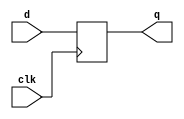
module top_module(
	input clk,
	input [7:0] d,
	output reg [7:0] q);
	
	// Because q is a vector, this creates multiple DFFs.
	always @(posedge clk)
		q <= d;
	
endmodule